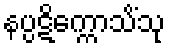
နပ္ပဋိက္ကောသိံသု